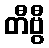
တီဗွီ